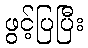
ဖွင့်ပြပြီး